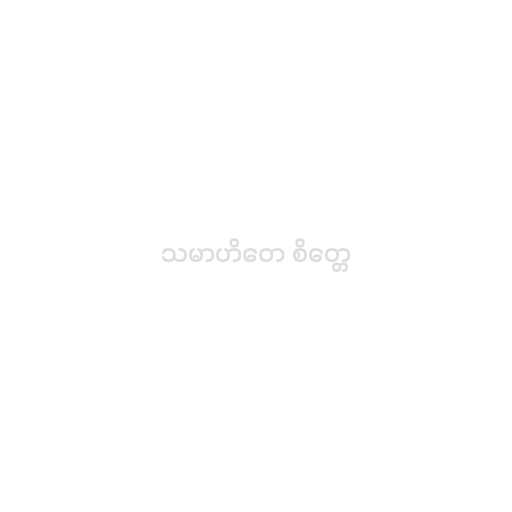
သမာဟိတေ စိတ္တေ